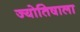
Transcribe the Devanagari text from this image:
ज्योतिषाला